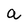
Character: a